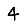
Digit: 4